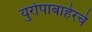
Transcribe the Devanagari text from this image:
युरोपाबाहेरचे